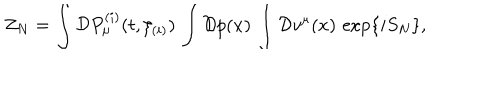
Z _ { N } = \int { \cal D } P _ { \mu } ^ { ( i ) } ( t , \xi _ { ( i ) } ) \, \int { \cal D } p ( x ) \, \int { \cal D } v ^ { \mu } ( x ) \, \exp \{ i S _ { N } \} ,